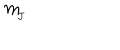
LaTeX: m _ { \! _ { J } }